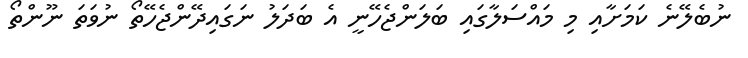
ނުބެލޭނެ ކަމަށާއި މި މައްސަލާގައި ބަލަންޖެހޭނީ އެ ބަދަލު ނަގައިދޭންޖެހޭތޯ ނުވަތަ ނޫންތޯ